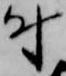
付